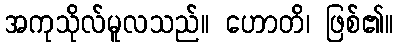
အကုသိုလ်မူလသည်။ ဟောတိ၊ ဖြစ်၏။